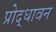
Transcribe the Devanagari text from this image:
प्रोद्धावन